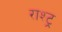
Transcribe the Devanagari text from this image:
राश्ट्र